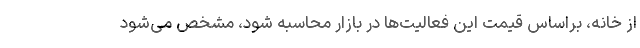
از خانه، براساس قیمت این فعالیت‌ها در بازار محاسبه شود، مشخص می‌شود